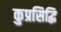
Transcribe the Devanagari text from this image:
कुप्रसिद्धि